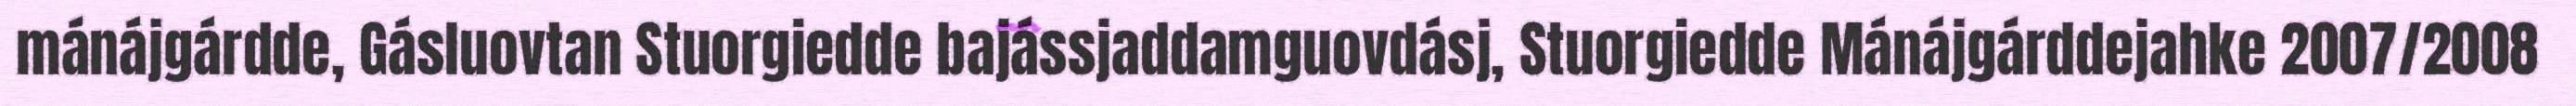
mánájgárdde, Gásluovtan Stuorgiedde bajássjaddamguovdásj, Stuorgiedde Mánájgárddejahke 2007/2008